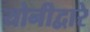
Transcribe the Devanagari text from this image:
योनीद्वारे